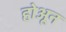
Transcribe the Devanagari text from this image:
होअून